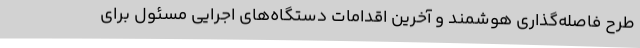
طرح فاصله‌گذاری هوشمند و آخرین اقدامات دستگاه‌های اجرایی مسئول برای